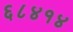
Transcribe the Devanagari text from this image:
६८४१४